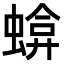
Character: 𧍬